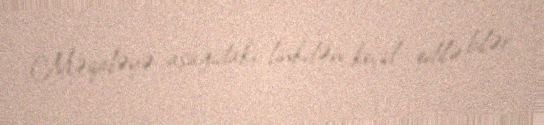
Məqaləyə aşağıdakı linkdən keçid edilə bilər: